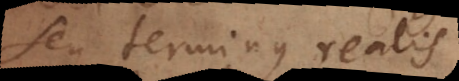
seu terminus realis.